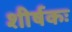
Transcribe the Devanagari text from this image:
शीर्षकः